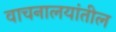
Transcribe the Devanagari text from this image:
वाचनालयांतील